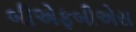
બીએફબીએસ